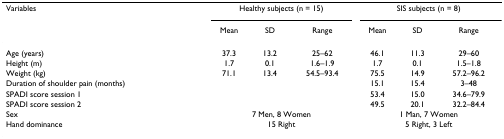
<table><thead><tr><td><b>Variables</b></td><td colspan="3"><b>Healthy subjects (n = 15)</b></td><td colspan="3"><b>SIS subjects (n = 8)</b></td></tr><tr><td></td><td><b>Mean</b></td><td><b>SD</b></td><td><b>Range</b></td><td><b>Mean</b></td><td><b>SD</b></td><td><b>Range</b></td></tr></thead><tbody><tr><td>Age (years)</td><td>37.3</td><td>13.2</td><td>25–62</td><td>46.1</td><td>11.3</td><td>29–60</td></tr><tr><td>Height (m)</td><td>1.7</td><td>0.1</td><td>1.6–1.9</td><td>1.7</td><td>0.1</td><td>1.5–1.8</td></tr><tr><td>Weight (kg)</td><td>71.1</td><td>13.4</td><td>54.5–93.4</td><td>75.5</td><td>14.9</td><td>57.2–96.2</td></tr><tr><td>Duration of shoulder pain (months)</td><td></td><td></td><td></td><td>15.1</td><td>15.4</td><td>3–48</td></tr><tr><td>SPADI score session 1</td><td></td><td></td><td></td><td>53.4</td><td>15.0</td><td>34.6–79.9</td></tr><tr><td>SPADI score session 2</td><td></td><td></td><td></td><td>49.5</td><td>20.1</td><td>32.2–84.4</td></tr><tr><td>Sex</td><td colspan="3">7 Men, 8 Women</td><td colspan="3">1 Man, 7 Women</td></tr><tr><td>Hand dominance</td><td colspan="3">15 Right</td><td colspan="3">5 Right, 3 Left</td></tr></tbody></table>